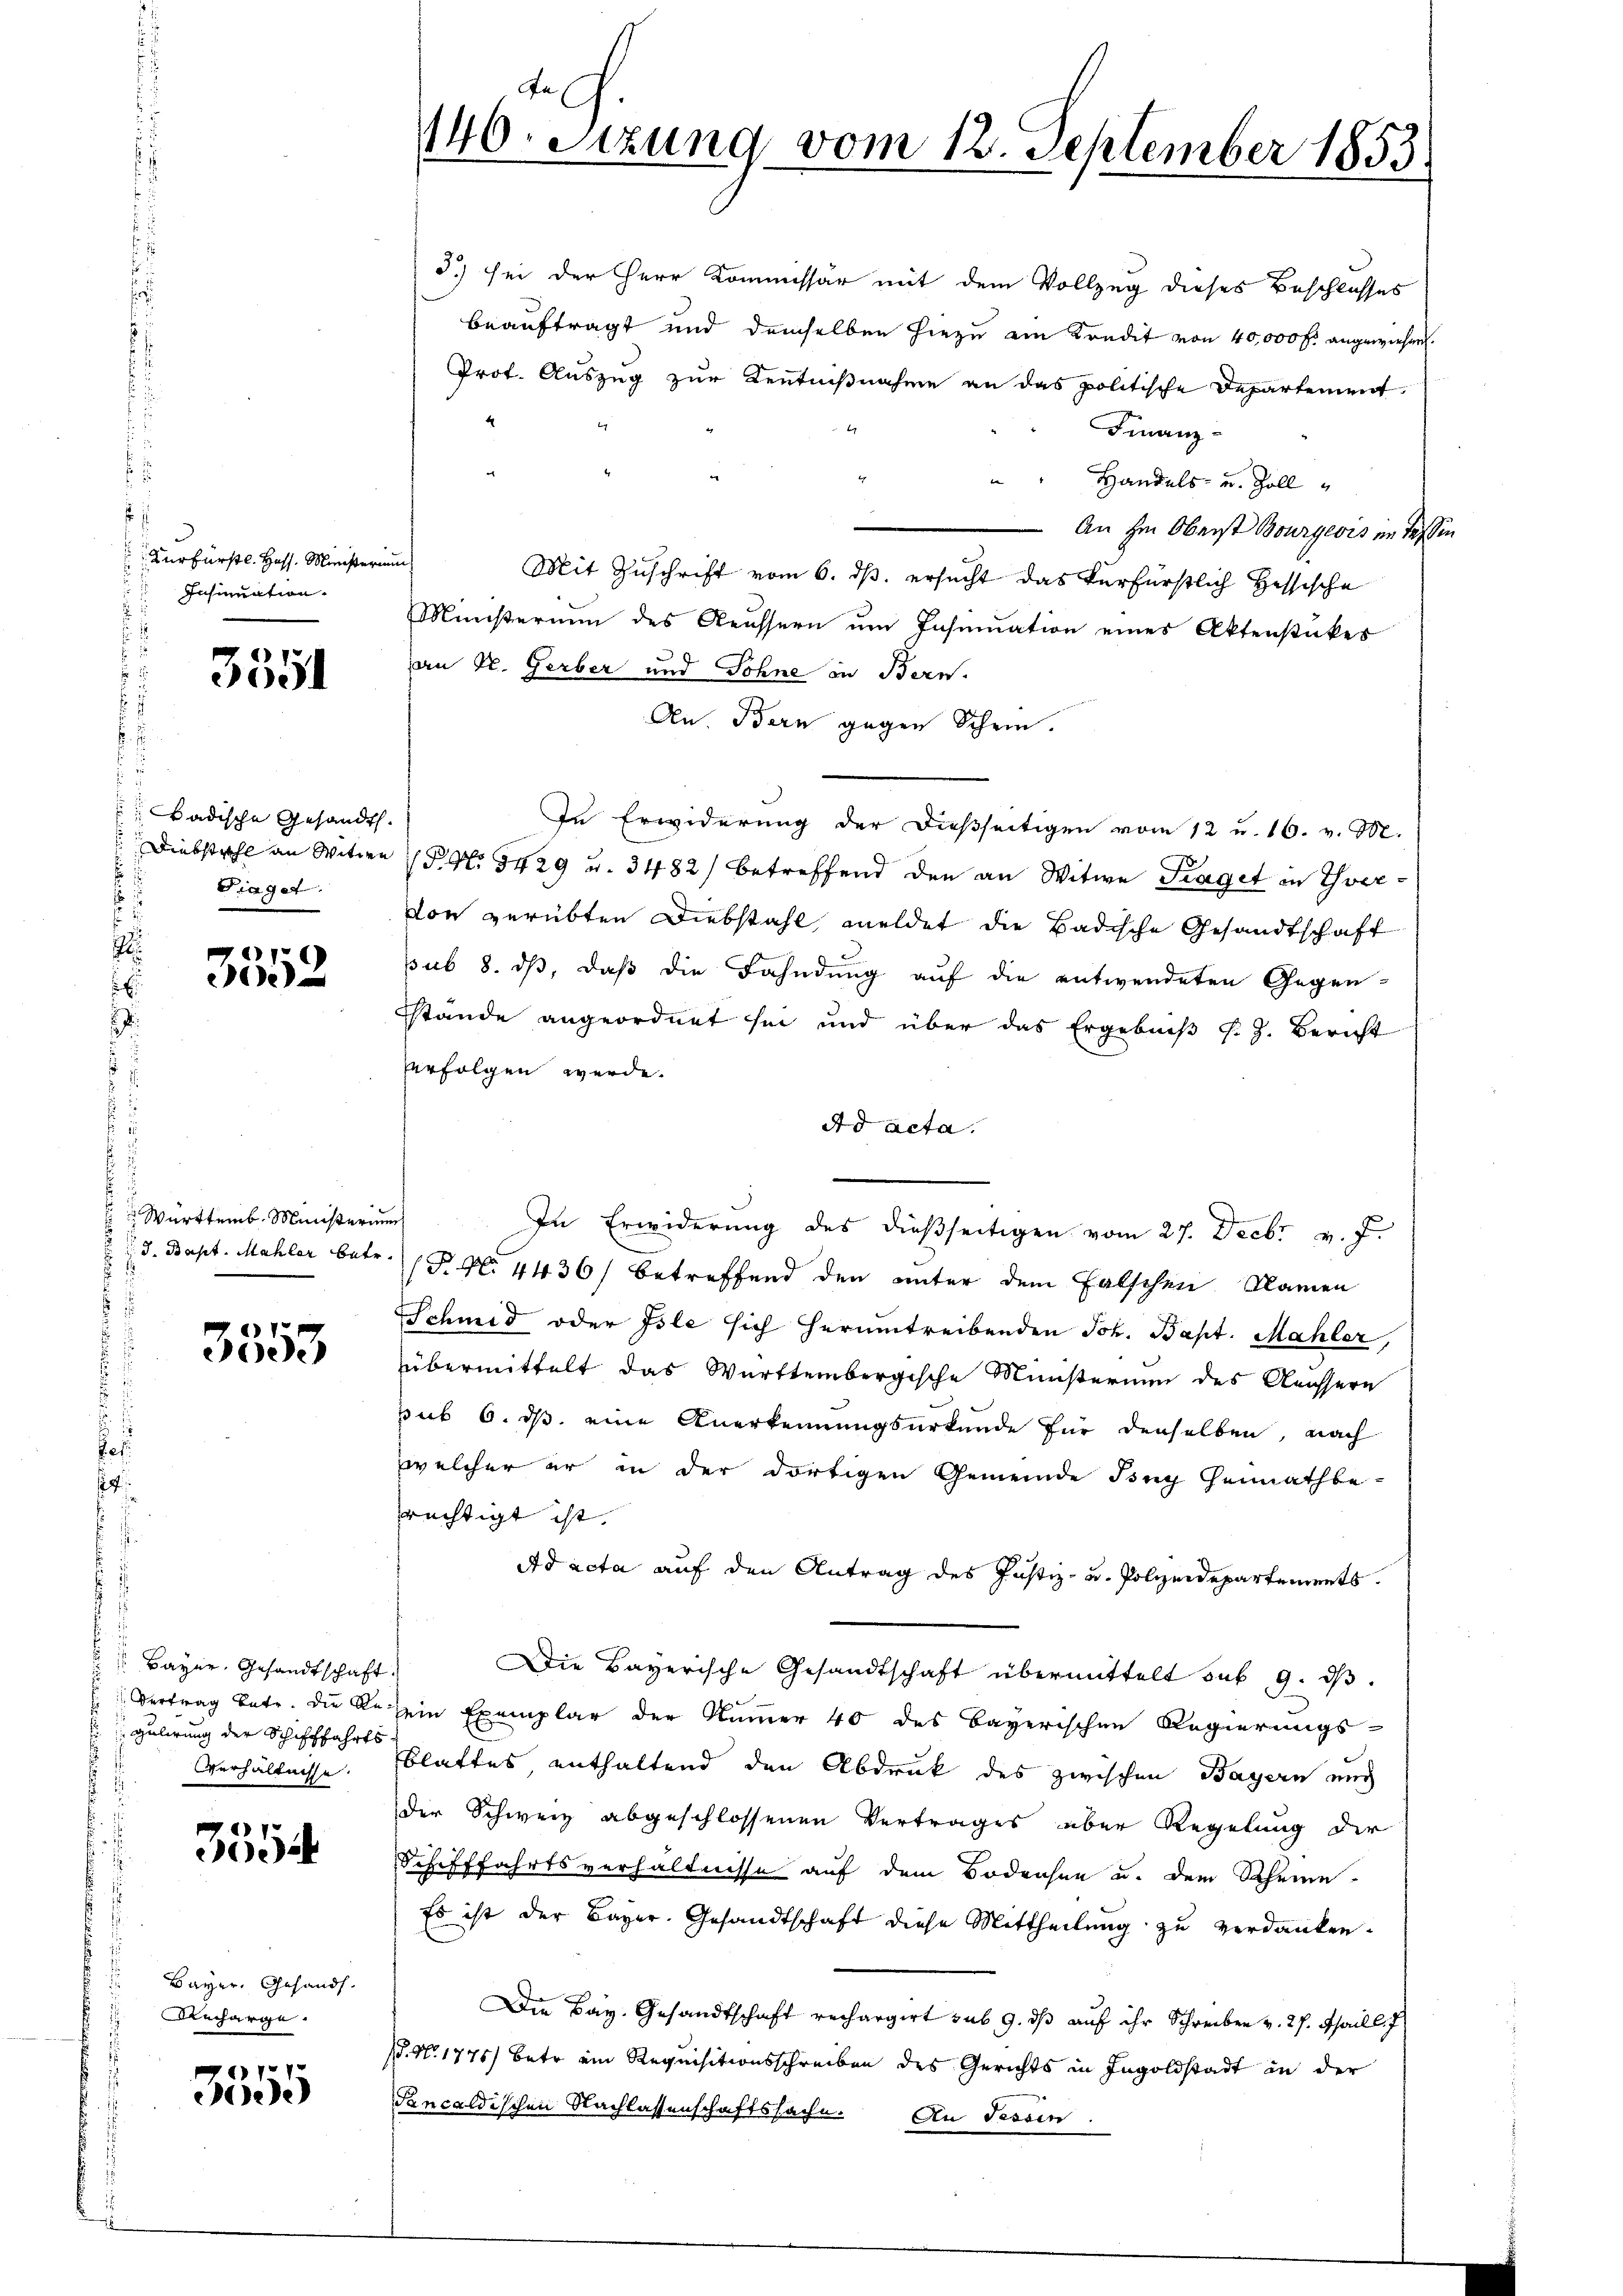
Kurfürstl. Hass. Ministerium
Insinuation.

3551

Badische Gesandt.
s
2
Fraget.
.

3552

Württemb. Ministerium
d. Bapt. Mahler betr.
1

3553

Baÿer. Gesandtschaft.
Gulirung der Schifffahrts-

3354

Bayer. Gesandt.
Micharge.

77
ee

140. Setzung vom 12. September 1853.

3) sei der Herr Kommissär mit dem Vollzug dieses Beschlusses
beauftragt und demselben hiezu ain Kondit von 40,000 f. angewiesen.
Prof. Auszug zur Kenntnißnahme an das politische Departement
Finanz-
2
 Handels- und Zoll
.
An im Oberst Bourgeois im Text.
Mit Zuschrift vom 6. ds. ersucht das Verfürstlich Hessische
Ministerium des Aeussern um Insinuation eines Aktenstückes
an Dr. Gerber und Sohne in Bern.
An. Bern gegen Schein.
In Erwiderung der dießseitigen vom 12 u. 16. v. M.
: Diebstahl an Witwe P. Nr. 5429 u. 3482) betreffend den an Witwe Fraget in Thvervon verübten Diebstahl, meldet die Badische Gesandtschaft
pub 8. ds, daß die Fahndung auf die entwendeten Gegen-
Stände angeordnet sei und über das Ergebniß s. Z. Bericht
erfolgen werde.
Ad acta.
In Erwiderung des dießseitigen vom 27. Decbr v. J.
(P. Nr. 4436) betreffend den unter dem Falschen Namen
Schmid oder Isle sich herumtreibenden Joh. Bapt. Mahler,
übermittelt das Württembergische Ministerium des Aeussern
sub 6. ds. eine Anerkennungsurkunde für denselben, nach
welcher er in der dortigen Gemeinde Ing Heimathbe-
rechtigt ist.
Ad acta auf den Antrag des Justiz- u. Polizeidepartements.
Die Bayerische Gesandtschaft übermittelt sub 9. ds.
 Vertrag betr. die de sein Exemplar der Nummer 40 des Bayerischen Regierungs-
Verhältnisse. Eblattes enthaltend den Abdruk des zwischen Bayern auch
der Schweiz abgeschlossenen Vertrages über Regelung der
Schifffahrtsverhältnisse auf dem Bodensen u. dem Rheine
Es ist der Bayer. Gesandtschaft diese Mittheilung zu verdanken.
Die Bay. Gesandtschaft rechargirt sub 9. ds auf ihr Schreiben v. 27. Thaill, 7
. N. 1776) betr. ein Requisitionsschreiben des Gerichts in Ingoldstadt in der
Sancaldischen Nachlassenschaftssache. An Tessin

u